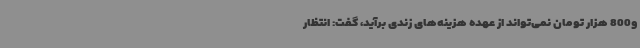
و800 هزار تومان نمی‌تواند از عهده هزینه‌های زندی برآید، گفت: انتظار